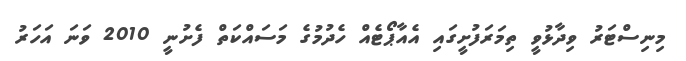
މިނިސްޓަރު ވިދާޅުވީ ތިމަރަފުށީގައި އެއާޕޯޓެއް ހެދުމުގެ މަސައްކަތް ފެށުނީ 2010 ވަނަ އަހަރު